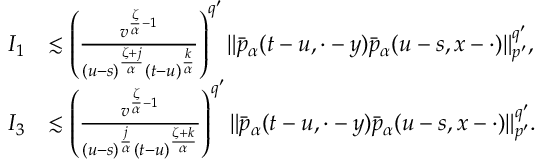
\begin{array} { r l } { I _ { 1 } } & { \lesssim \left( \frac { v ^ { \frac { \zeta } { \alpha } - 1 } } { ( u - s ) ^ { \frac { \zeta + j } { \alpha } } ( t - u ) ^ { \frac { k } { \alpha } } } \right) ^ { q ^ { \prime } } \Vert \bar { p } _ { \alpha } ( t - u , \cdot - y ) \bar { p } _ { \alpha } ( u - s , x - \cdot ) \Vert _ { p ^ { \prime } } ^ { q ^ { \prime } } , } \\ { I _ { 3 } } & { \lesssim \left( \frac { v ^ { \frac { \zeta } { \alpha } - 1 } } { ( u - s ) ^ { \frac { j } { \alpha } } ( t - u ) ^ { \frac { \zeta + k } { \alpha } } } \right) ^ { q ^ { \prime } } \Vert \bar { p } _ { \alpha } ( t - u , \cdot - y ) \bar { p } _ { \alpha } ( u - s , x - \cdot ) \Vert _ { p ^ { \prime } } ^ { q ^ { \prime } } . } \end{array}